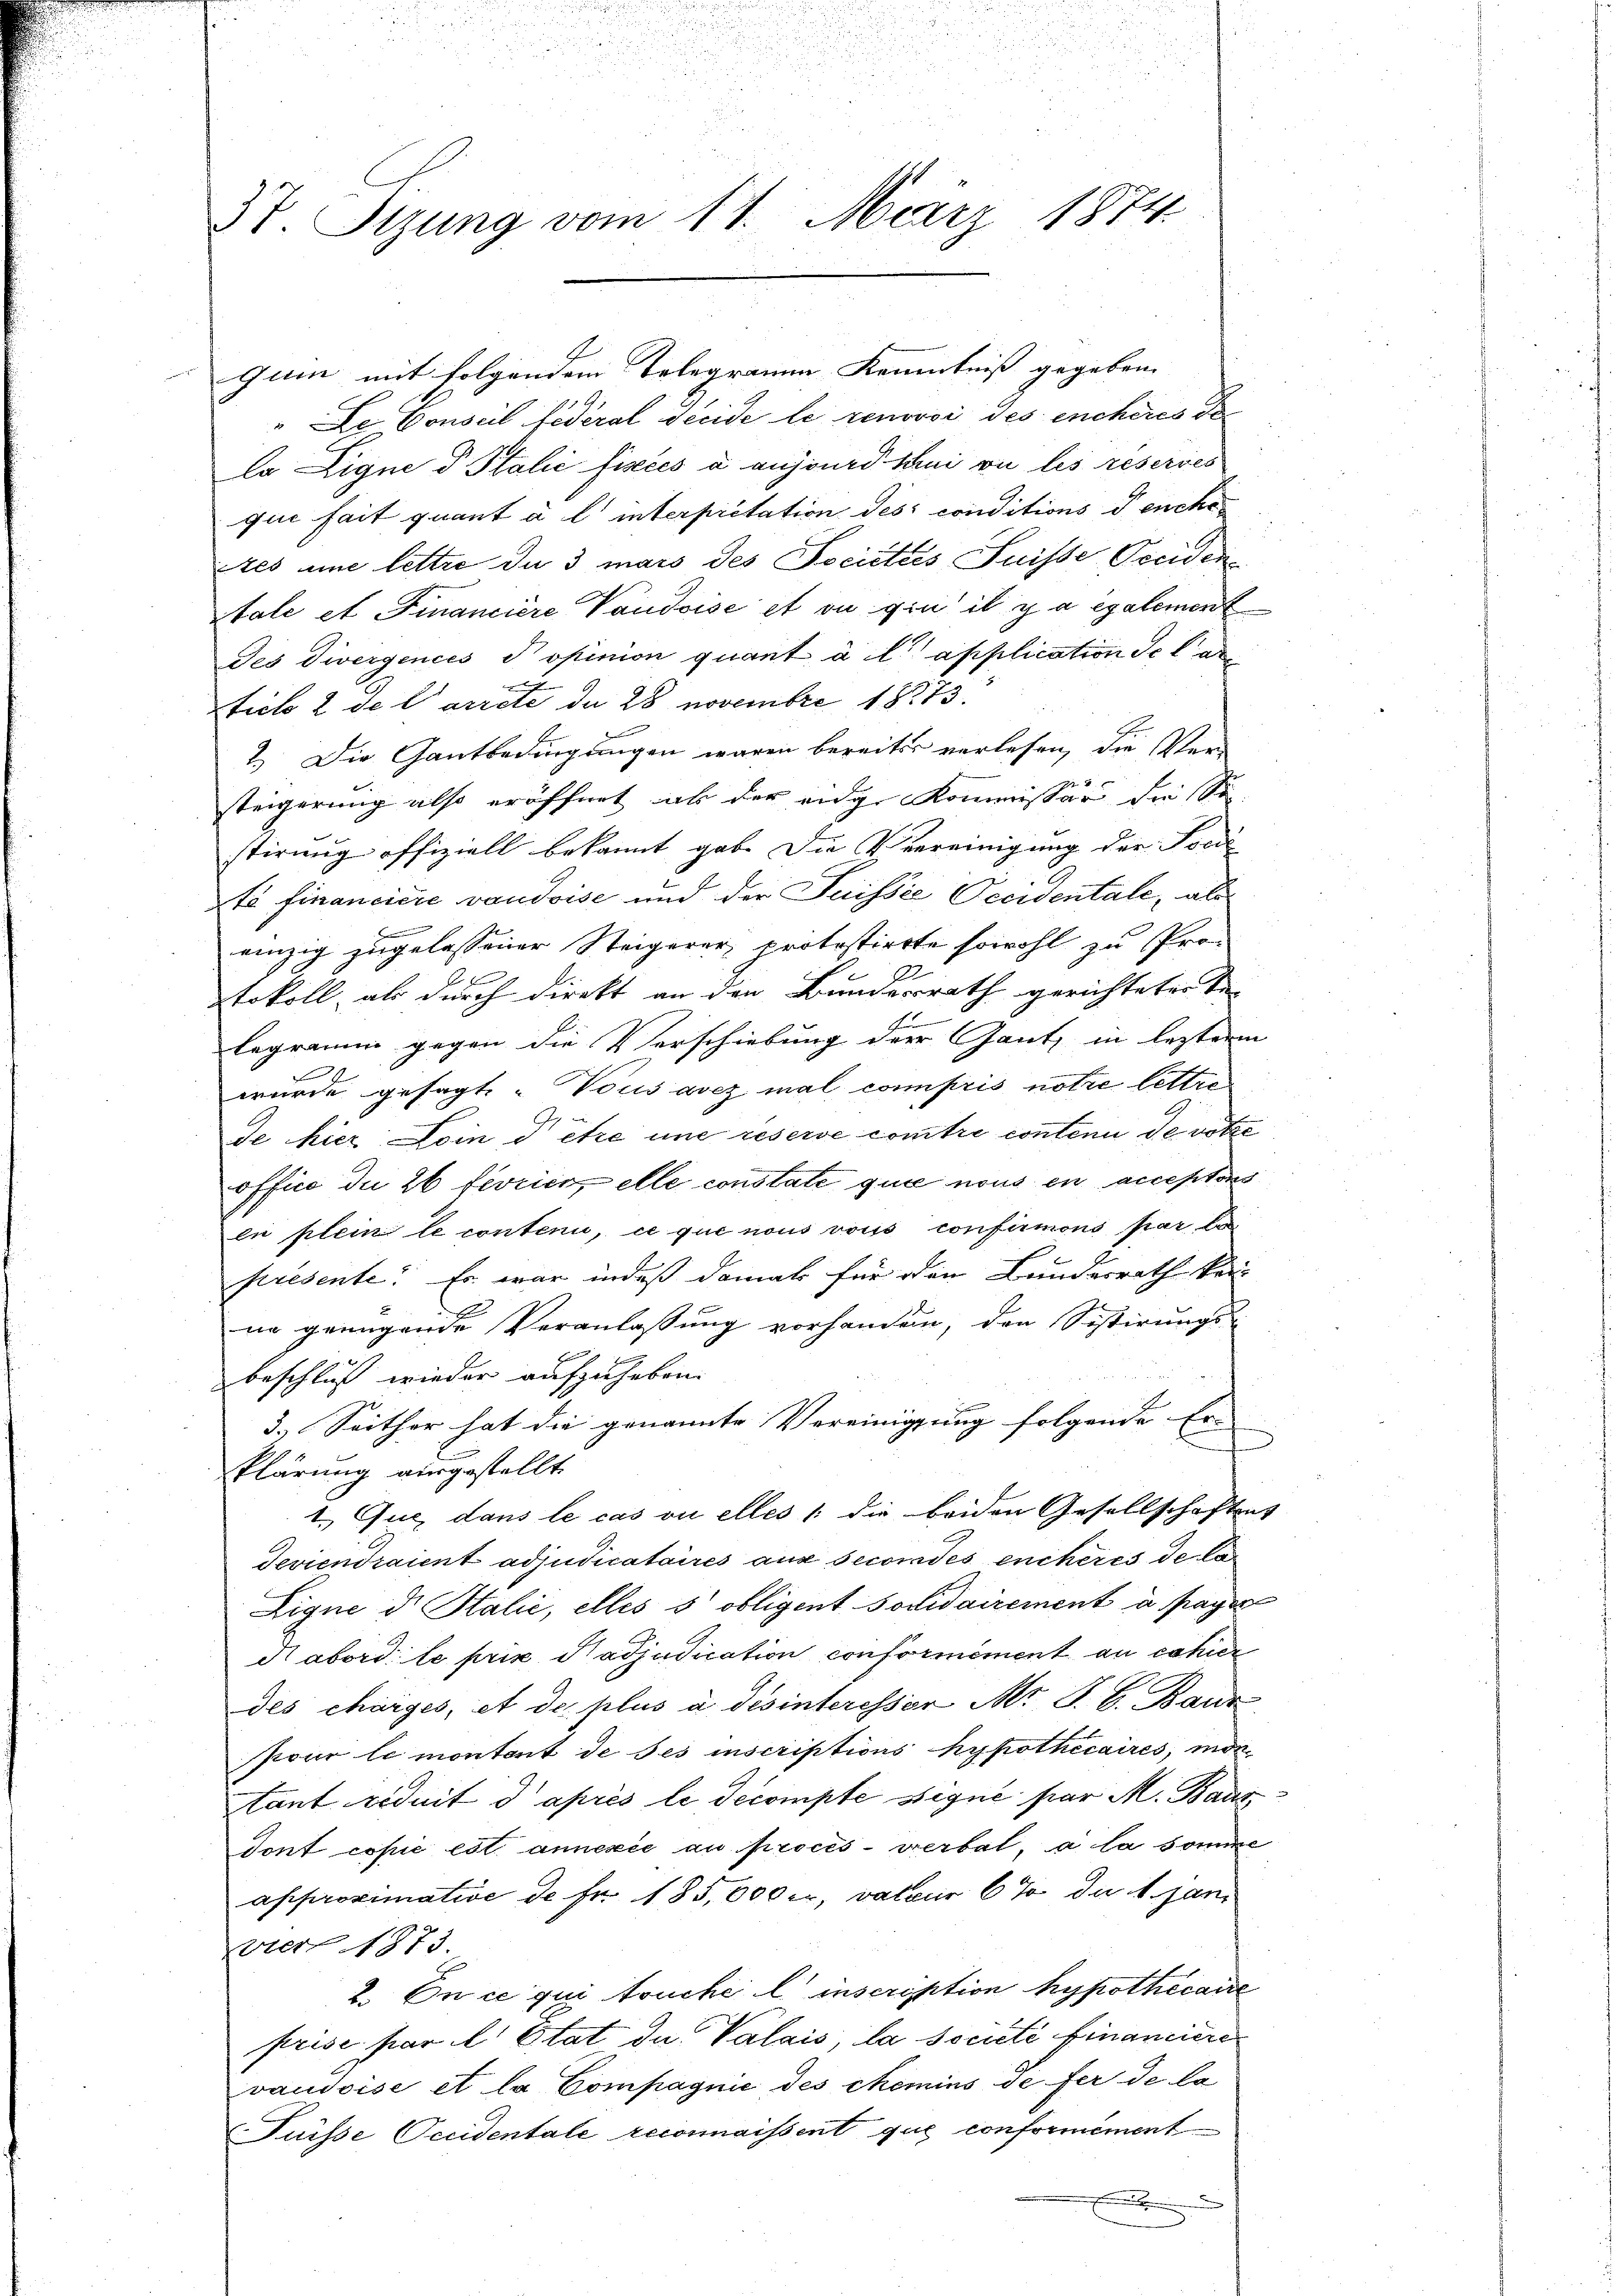
37. Stzung vom 11. März 1874

Gum mit folgendem Telegramm Kenntniß gegeben.

"Le Conseil fédéral decide le renovor des encheres de
la Ligne d Italić fisces a aujourd Juni vu les reserves
qui fait quant à l’ interpretation des conditions Teuche
Ates une lettre du 3 mars des Docictes Suisse Freiden
tale et Financiere Vaudoise et ou gra il y a egalement
Jes Divergences opinion quant à l’application de la
e
ticle 2 de Carrete da 28 novembre 1873
2.) Die Gantbedingungen waren bereits verlesen, die Ver-
steigerung also eröffnet ab der eige Kommissär die Se
stirung offiziell bekannt gab. Die Verreinigung der Forde
tà financiere vaudoise und der Puissée Pecidentale, als
x
einzig zugelassener Steigerer, protostirte sowohl zu Pro-
tokoll, als durch direkt an den Bundesrath gerichteter Be-
E
legramm gegen die Verschiebung der Gant, in leztern
wurde gesagt. Vous avez mal compris notre lettre
de hier Loin d être une reserve contre conten de votis
office du 26 fevrier, elle constate que nous en acceptors
en plein le conteni, ce que nous vous confirmons par la
présente. Es war indeß damals für den Bundesrath kein
ne genügende Veranlassung vorhanden, den Sistirungs-
beschluß wieder aufzuheben.
3.) Seither hat die genannte Vereinigung folgende Er- |
.
klärung ausgestellt.
1. Que dans le cas où elles 1 die beiden Gesellschaftens
Teviendraient adjudicataires aus secordés enchères de la
Ligne d. Stalić, elles s obligent Solidairement à payer
Nabord le prix Padjudication conformément an dahier
des charges, et de plus à désinteresser Mr. J. C. Bauz
pour le montent de ses inscriptions hypothécaires, mor
tant réduit d’après le decompte signé par M. Baus
Tont copie est. annexée au procès-verbat, a la somme
approximative de fr. 185,000 er, valeur 6 % du 1. Jan
Evrer 1873.
2. En ce qui fruchel inscription hypothécaire
Prise par l. Etat du Valais, la societe Financiere
vaudoise et la Compagnie des chemins de fer de la
Füsse Occidentale reconnaissent que conformément
.